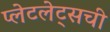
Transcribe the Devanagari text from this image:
प्लेटलेट्‌सची